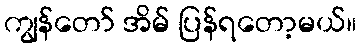
ကျွန်တော် အိမ် ပြန်ရတော့မယ်။